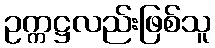
ဥက္ကဋ္ဌလည်းဖြစ်သူ